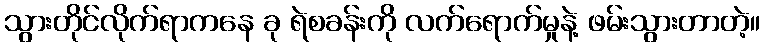
သွားတိုင်လိုက်ရာကနေ ခု ရဲစခန်းကို လက်ရောက်မှုနဲ့ ဖမ်းသွားတာတဲ့။